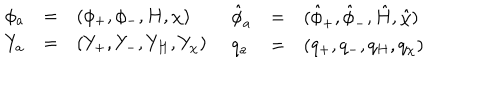
\begin{array} { l c l } { { \phi _ { a } } } & { { = } } & { { ( \phi _ { + } , \phi _ { - } , H , \chi ) } } \\ { { Y _ { a } } } & { { = } } & { { ( Y _ { + } , Y _ { - } , Y _ { H } , Y _ { \chi } ) } } \\ \end{array} \quad \begin{array} { l c l } { { \hat { \phi } _ { a } } } & { { = } } & { { ( \hat { \phi } _ { + } , \hat { \phi } _ { - } , \hat { H } , \hat { \chi } ) } } \\ { { q _ { a } } } & { { = } } & { { ( q _ { + } , q _ { - } , q _ { H } , q _ { \chi } ) } } \\ \end{array}